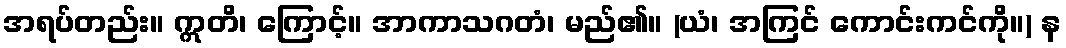
အရပ်တည်း။ ဣတိ၊ ကြောင့်။ အာကာသဂတံ၊ မည်၏။ (ယံ၊ အကြင် ကောင်းကင်ကို။) န